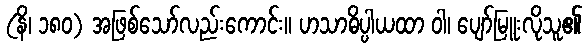
(နိ၊ ၁၈၀) အဖြစ်သော်လည်းကောင်း။ ဟသာဓိပ္ပါယထာ ဝါ၊ ပျော်မြူးလိုသူ၏